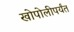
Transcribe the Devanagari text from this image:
खोपोलीपर्यंत